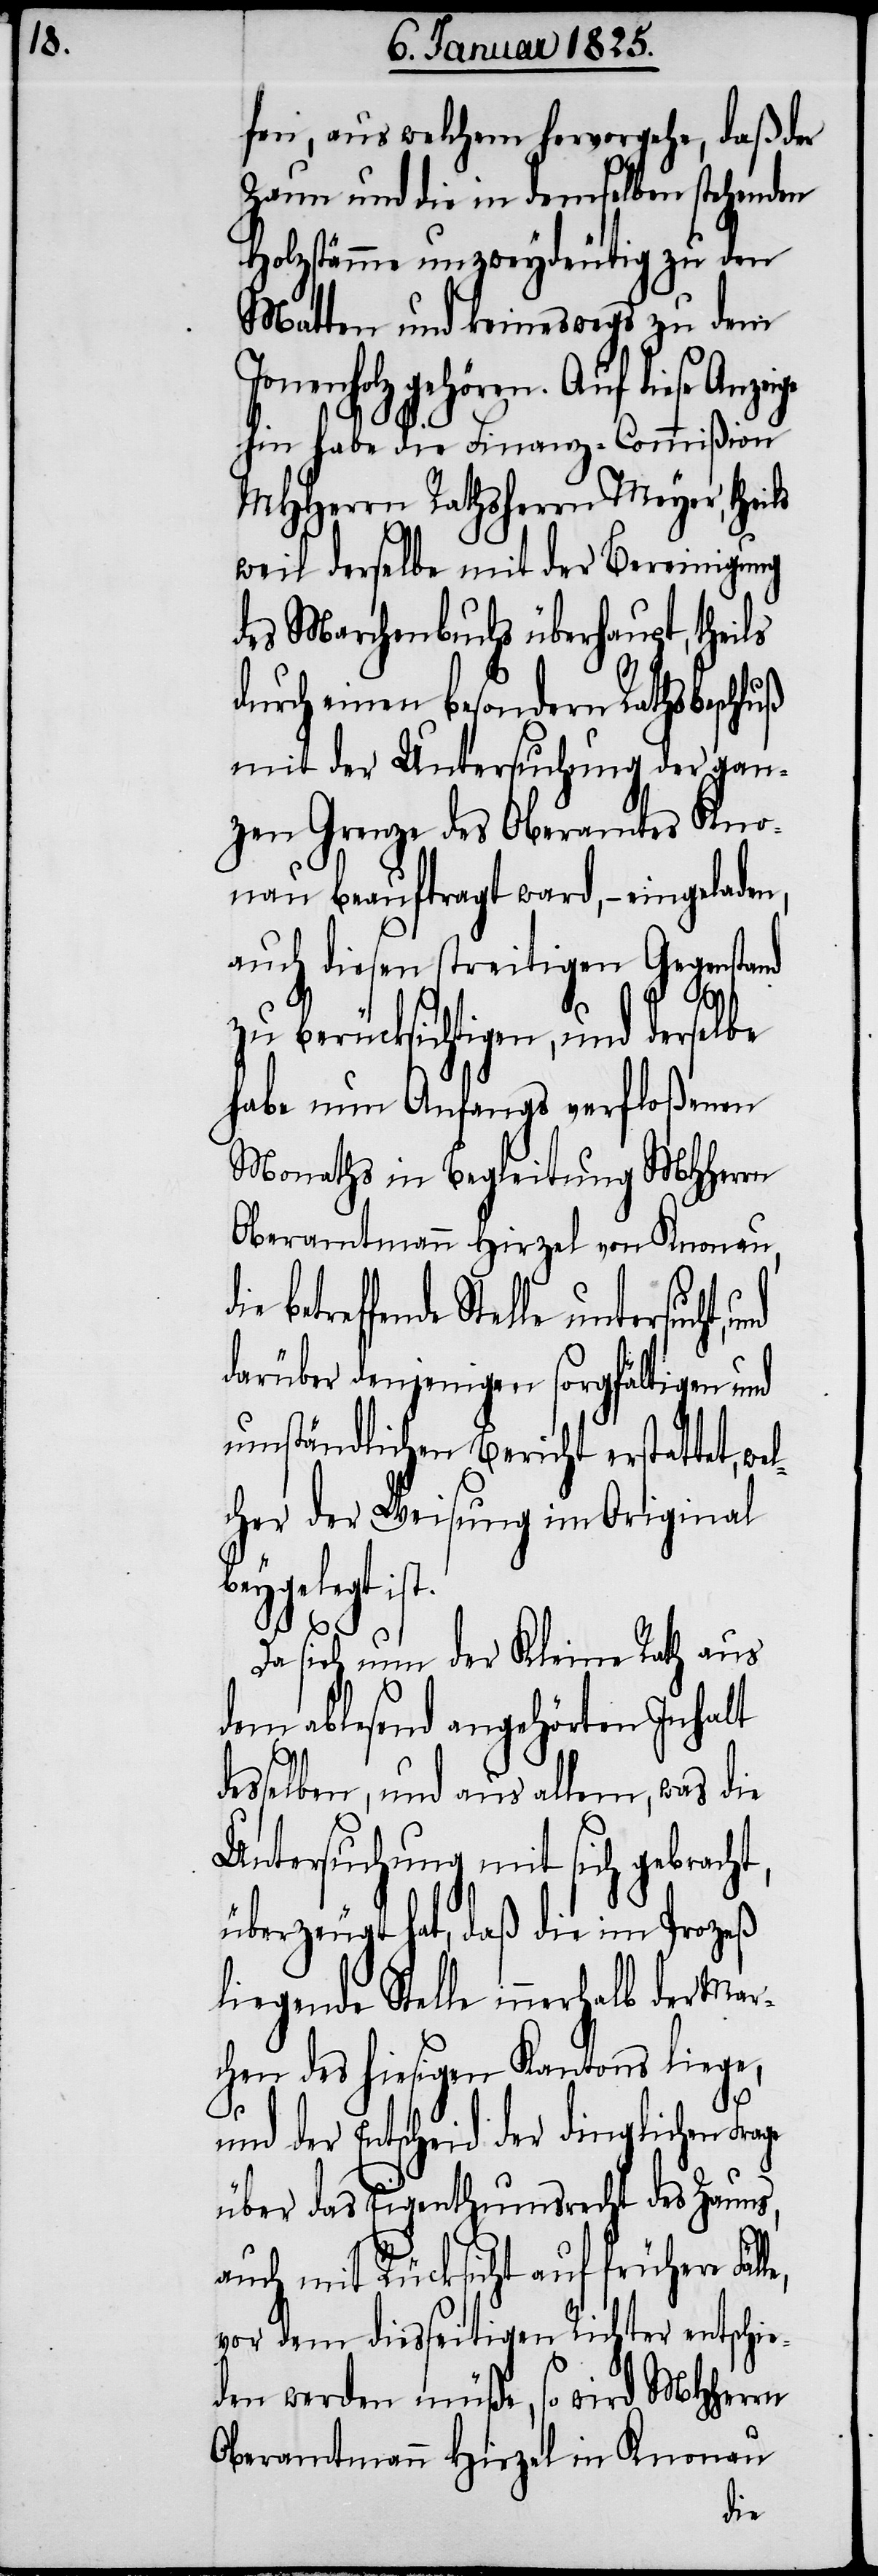
fen, aus welchem hervorgehe, daß der
Zaun und die in demselben stehenden
Holzstämme unzweydeutig zu den
Matten und keineswegs zu dem
Jonenholz gehören. Auf diese
hin habe die Finanz-Commißion
MHHerrn Rathsherrn Meyer, thei¬
weil derselbe mit der Bereinigung
des Marchenbuchs überhaupt, theils
durch einen besondern Rathsbeschluß
mit der Untersuchung der gan¬
zen Grenze des Oberamtes Kno¬
nau beauftragt ward, − eingeladen,
auch diesen streitigen Gegenstand
le,
zu berücksichtigen, und derselbe
habe nun Anfangs verfloßenen
Monaths in Begleitung MHHerrn
Oberamtmann Hirzel von Knonau,
etreffende Stelle untersucht,
darüber denjenigen sorgfältigen und
umständlichen Bericht erstattet, we¬
lcher der Weisung im Original
beygelegt
Da sich nun der Kleine Rath aus
dem ablesend angehörten Inhalt
desselben, und aus allem, was die
Untersuchung mit sich gebracht,
überzeugt hat, daß die im Prozeß
liegende Stelle innerhalb der Ma¬
rchen des hiesigen Kantons liege,
und der Entscheid der dinglichen Fra¬
über das Eigenthumsrecht des Zauns,
auch mit Rücksicht auf frühere Fäl¬
vor dem diesseitigen Richter entschie¬
den werden müße, so wird MHHerrn
Oberamtmann Hirzel in Knonau
die